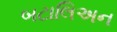
બટાલિઅન